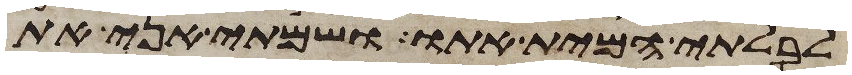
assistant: לבלתי המית אתו ושמתי אני את